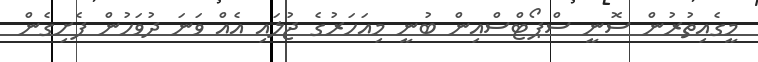
މީގެއިތުރުން ސޮނީ ސްޕޯޓްސްއިން ބުނީ މިއަހަރުގެ ޖުލައި އެއް ވަނަ ދުވަހުން ފެށިގެން